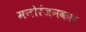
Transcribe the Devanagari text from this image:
मनोरंजनकार